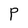
Character: P